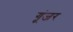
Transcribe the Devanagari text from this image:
गूंजर